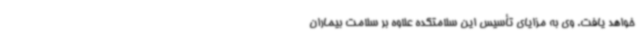
خواهد یافت. وی به مزایای تأسیس این سلامتکده علاوه بر سلامت بیماران